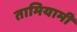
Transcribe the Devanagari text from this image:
तामियामी